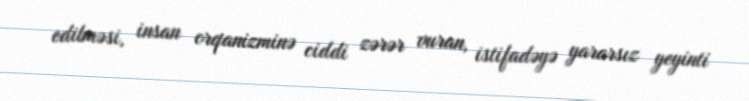
edilməsi, insan orqanizminə ciddi zərər vuran, istifadəyə yararsız yeyinti